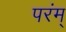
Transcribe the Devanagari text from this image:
परंम्